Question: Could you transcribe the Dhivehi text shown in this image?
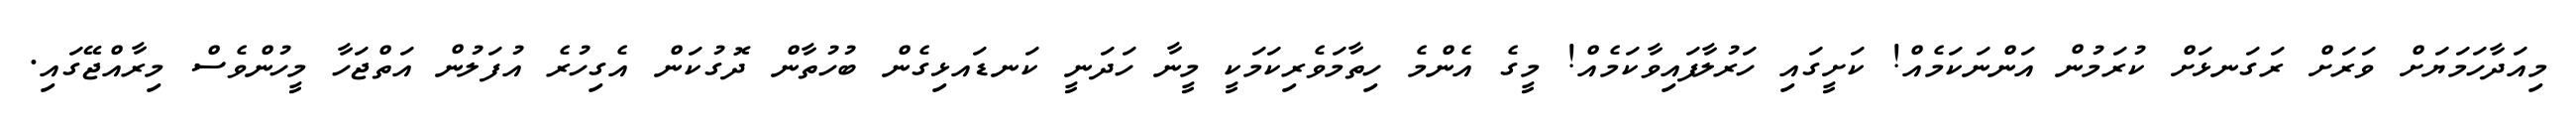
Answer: މިއަދާހަމަޔަށް ވަރަށް ރަގަނޅަށް ކުރަމުން އަންނަކަމެއް! ކަށީގައި ހަރުލާފައިވާކަމެއް! މީގެ އެންމެ ހިތާމަވެރިކަމަކީ މީނާ ހަދަނީ ކަނޑައޅިގެން ބުހުތާން ދޮގުކަން އެގިހުރެ އުފަލުން އަތްޖަހާ މީހުންވެސް މިރާއްޖޭގައި.